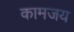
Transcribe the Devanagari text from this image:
कामजय